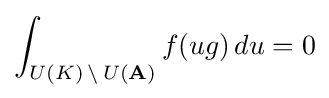
\int _{U(K)\,\setminus \,U(\mathbf {A} )}f(ug)\,du=0